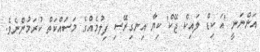
އަންނަނީ 'އަ ކިޑް ލައިކް ޖޭކް' ކިޔާ އިނގިރޭސި ފިލުމެއްގެ މަސައްކަތް ކުރަމުންނެވެ.